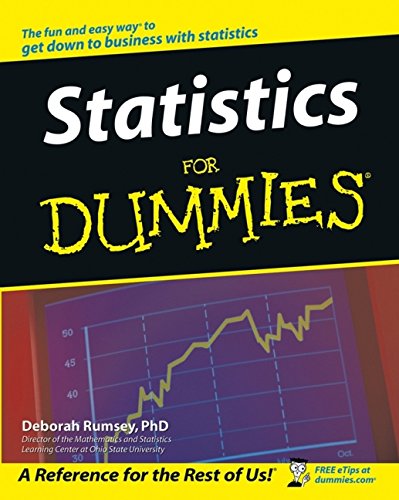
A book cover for Statistics For Dummies; Deborah J. Rumsey; Science & Math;